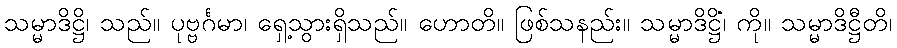
သမ္မာဒိဋ္ဌိ၊ သည်။ ပုဗ္ဗင်္ဂမာ၊ ရှေ့သွားရှိသည်။ ဟောတိ။ ဖြစ်သနည်း။ သမ္မာဒိဋ္ဌိံ၊ ကို။ သမ္မာဒိဋ္ဌီတိ၊